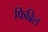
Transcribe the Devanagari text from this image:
फिब्रिल